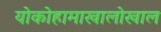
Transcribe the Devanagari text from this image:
योकोहामाखालोखाल